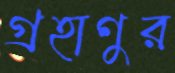
গ্রহাণুর